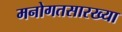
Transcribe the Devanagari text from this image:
मनोगतसारख्या